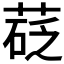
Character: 𦷩